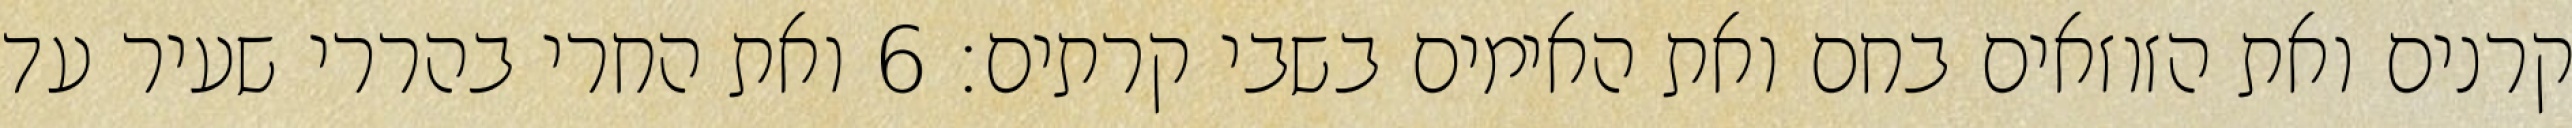
קרנים ואת הזוזאים בחם ואת האימים בשבי קרתים׃ ‎6‏ ואת החרי בהררי שעיר עד